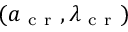
( { a } _ { \mathrm { ~ c ~ r ~ } } , \lambda _ { \mathrm { ~ c ~ r ~ } } )